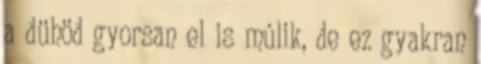
a dühöd gyorsan el is múlik, de ez gyakran